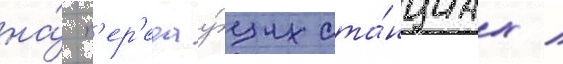
на́ п'ер'едау́щих ста́нциах /